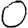
Digit: 0